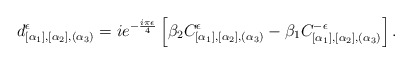
\begin{align*}d_{[\alpha_1],[\alpha _2],(\alpha _3)}^\epsilon=ie^{-\frac{i\pi\epsilon}{4}}\left[ \beta_2C_{[\alpha_1],[\alpha _2],(\alpha _3)}^\epsilon -\beta_1C_{[\alpha_1],[\alpha _2],(\alpha _3)}^{-\epsilon}\right].\end{align*}